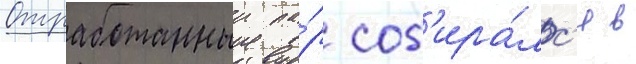
Отработанныи па́р соб'ира́лс'я в